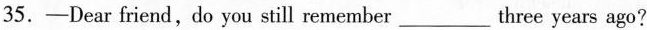
35.——Dear friend, do you still remember___three years ago?